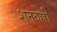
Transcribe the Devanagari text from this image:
शतवल्ली